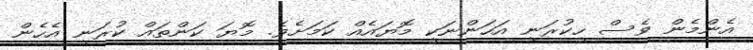
އެންމެން ވެސް ހީކުރަނީ އަހަންނަކީ މޮޔައެއް ކަމަށެވެ. މޮޔަ ކަންތައް ކުރަނީ އެހެން